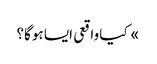
» کیا واقعی ایسا ہوگا؟